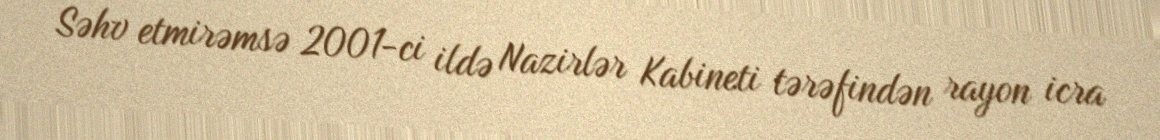
Səhv etmirəmsə 2001-ci ildə Nazirlər Kabineti tərəfindən rayon icra